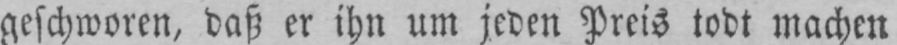
geschworen, daß er ihn um jeden Preis todt machen